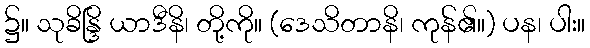
၌။ သုခိန္ဒြိ ယာဒီနိ၊ တို့ကို။ (ဒေသိတာနိ၊ ကုန်၏။) ပန၊ ပါး။